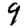
Digit: 9